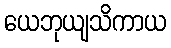
ယေဘုယျသိကာယ